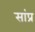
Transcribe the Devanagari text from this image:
सांप्र